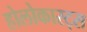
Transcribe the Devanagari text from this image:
होलोकास्ट्स